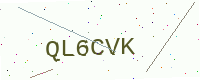
Text: QL6CVK